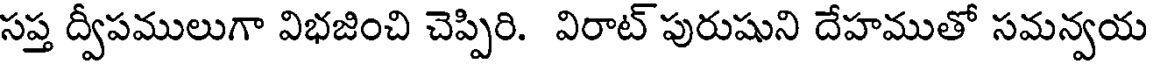
సప్త ద్వీపములుగా విభజించి చెప్పిరి. విరాట్ పురుషుని దేహముతో సమన్వయ